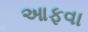
આફવા